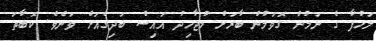
ލަހުފާ ގެ ނަމުން ގޮވަމުން ބާރަށް މުޖާހިދު އައިސް ބަދިގެއަށް ވަނެވެ. ކޮބާތަ